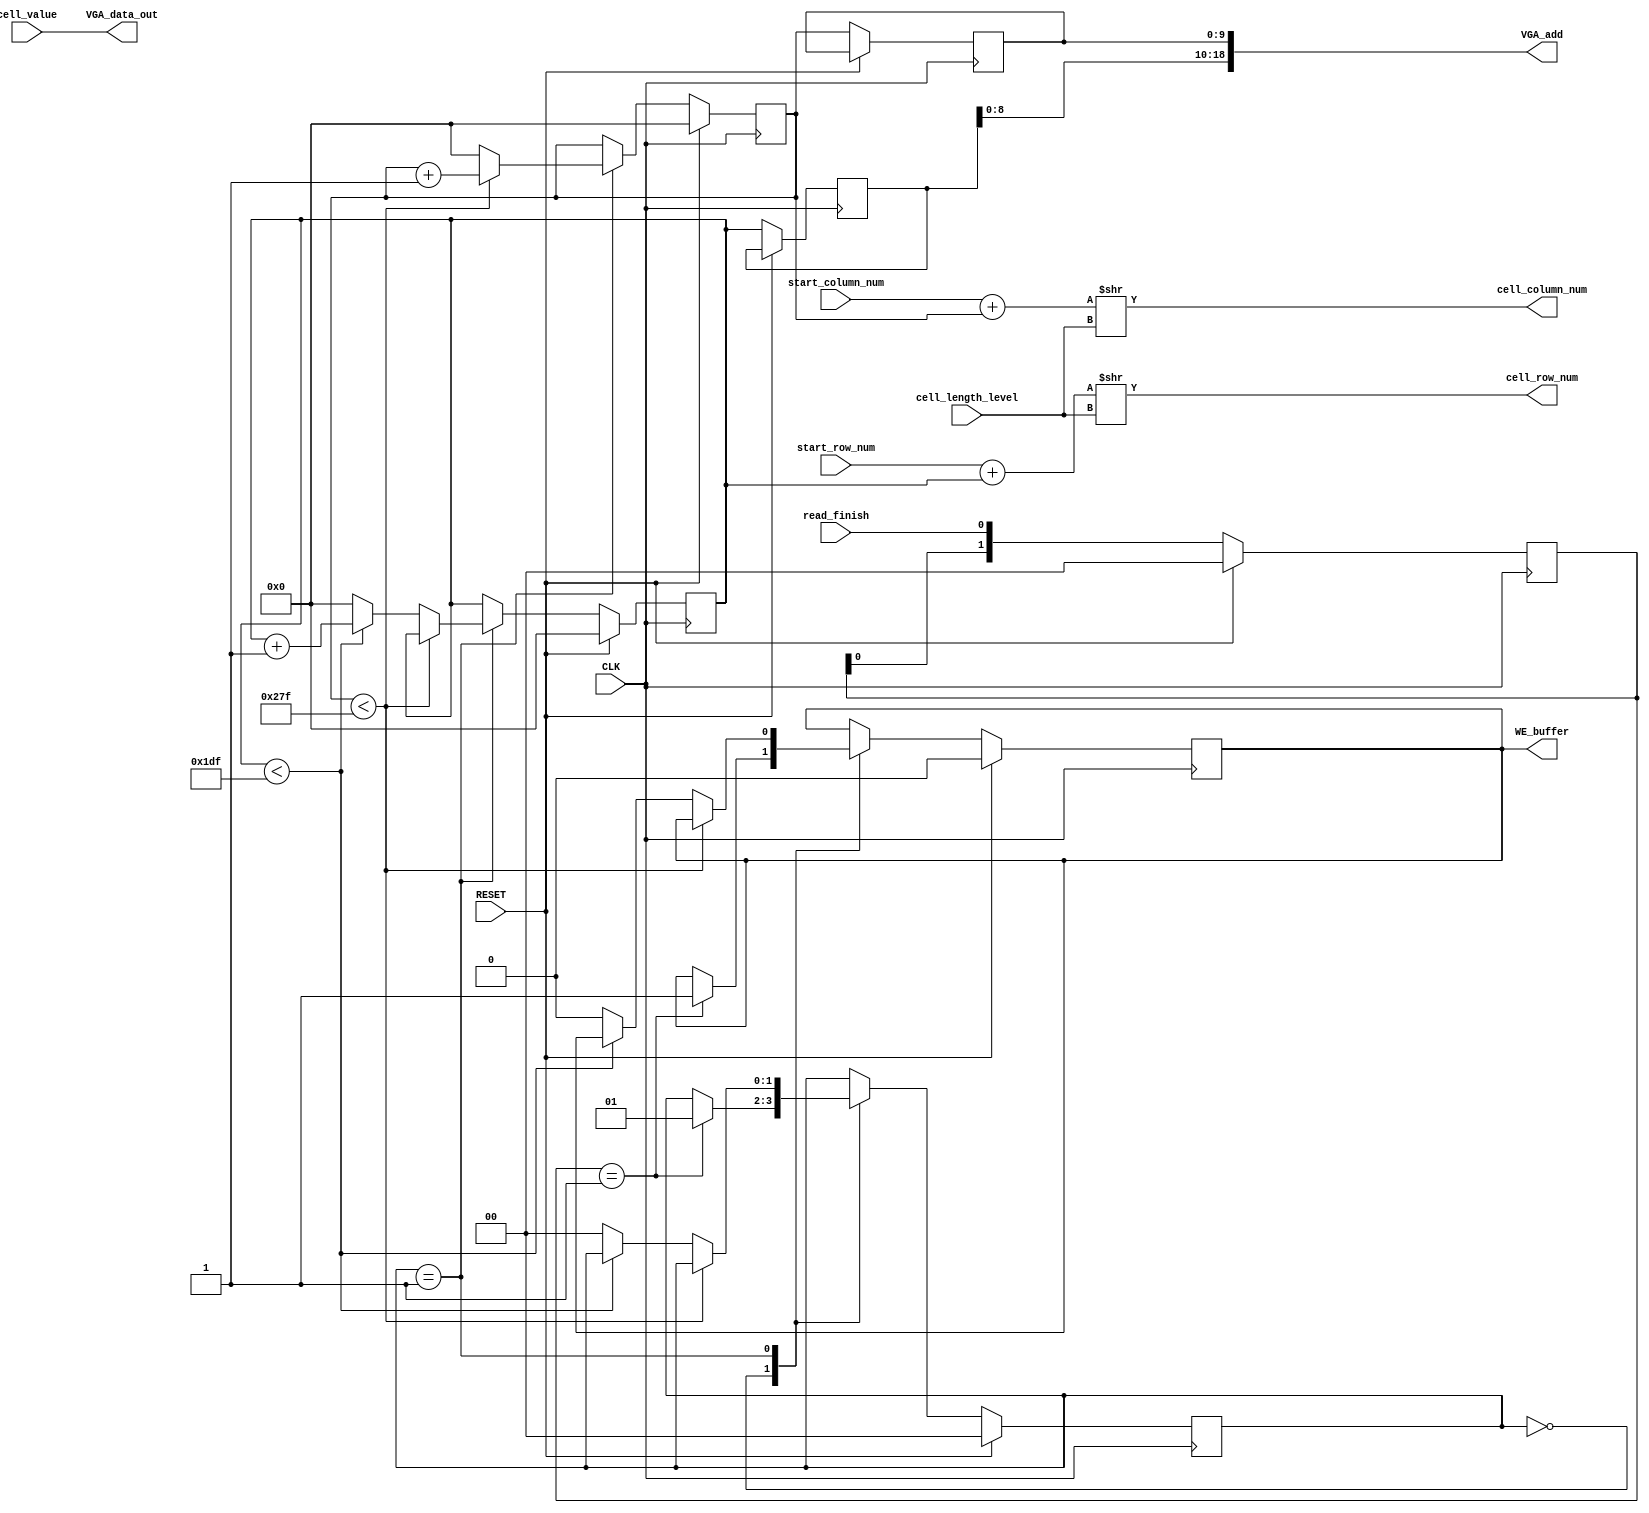
`timescale 1ns / 1ps
//////////////////////////////////////////////////////////////////////////////////
// Company: 
// Engineer: 
// 
// Design Name: 
// Module Name: VGA_gen
// Project Name: 
// Target Devices: 
// Tool Versions: 
// Description: 
// 
// Dependencies: 
// 
// Revision:
// Revision 0.01 - File Created
// Additional Comments:
// 
//////////////////////////////////////////////////////////////////////////////////


module VGA_writer#(
    parameter MAX_CELL_LENGTH_BITS = 6,
    parameter MAX_ROW_BITS = 9, //512
    parameter MAX_COLUMN_BITS = 10, //1024
    parameter MAX_ROW = 2 ** MAX_ROW_BITS,
    parameter MAX_COLUMN = 2 ** MAX_COLUMN_BITS
    )(
    input CLK,
    input RESET,
    input read_finish,
    //input screen parameter
    input [2:0] cell_length_level,
    input [MAX_ROW_BITS + MAX_CELL_LENGTH_BITS - 1 : 0] start_row_num,
    input [MAX_COLUMN_BITS + MAX_CELL_LENGTH_BITS - 1 : 0] start_column_num,
    //receive cell content
    output [MAX_ROW_BITS - 1 : 0] cell_row_num,
    output [MAX_COLUMN_BITS - 1 : 0] cell_column_num,
    input cell_value,
    //rewrite VGA buffer
    output [18 : 0] VGA_add,
    output VGA_data_out,
    output WE_buffer
    );
    
    parameter SCREEN_COLUMN = 640 - 1;
    parameter SCREEN_ROW = 480 - 1;
    parameter   IDLE = 0,
                WRITE_VGA = 1;
    
    //VGA row and column
    reg [9 : 0] curr_screen_row, next_screen_row, past_screen_row;
    reg [9 : 0] curr_screen_column, next_screen_column, past_screen_column;
    
    reg [1 : 0] curr_state, next_state;
    
    reg [1:0] read_finish_edge;
    reg curr_WE_buffer, next_WE_buffer;
    
    //record read_finish and detect its signal edge
    always @(posedge CLK) begin
        if (RESET)
            read_finish_edge <= 0;
        else
            read_finish_edge <= {read_finish_edge[0], read_finish};
    end
    
    always @(posedge CLK) begin
        if (RESET) begin
            curr_state <= IDLE;
            curr_screen_row <= 0;
            curr_screen_column <= 0;
            curr_WE_buffer <= 0;
        end
        else begin
            curr_state <= next_state;
            curr_screen_row <= next_screen_row;
            curr_screen_column <= next_screen_column;
            past_screen_row <= curr_screen_row;
            past_screen_column <= curr_screen_column;
            curr_WE_buffer <= next_WE_buffer;
        end
    end
    
    always @(*) begin
        next_state = curr_state;
        next_screen_row = curr_screen_row;
        next_screen_column = curr_screen_column;
        next_WE_buffer = curr_WE_buffer;
        
        case (curr_state)
            IDLE: begin
                //detect posedge of write_en
                if (read_finish_edge == 2'b01) begin
                    next_state = WRITE_VGA;
                    next_WE_buffer = 1;
                end
            end
            
            WRITE_VGA: begin
                if (curr_screen_column < SCREEN_COLUMN) begin
                    next_screen_column = curr_screen_column + 1;
                    
                end
                else begin
                    next_screen_column = 0;
                    
                    if (curr_screen_row < SCREEN_ROW) begin
                        next_screen_row = curr_screen_row + 1;
                    end
                    else begin
                        next_screen_row = 0;
                        next_WE_buffer = 0;
                        next_state = IDLE;
                    end
                end
            end
        endcase
    end
    
    //output row and column number to cell Mem
    //(start_num + curr_screen_num) / cell_length
    assign cell_column_num = (start_column_num + curr_screen_column) >> cell_length_level;
    assign cell_row_num = (start_row_num + curr_screen_row) >> cell_length_level;
    assign VGA_add = {past_screen_row[8:0], past_screen_column};
    assign VGA_data_out = cell_value;
    assign WE_buffer = curr_WE_buffer;
    
endmodule